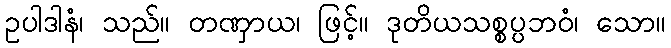
ဥပါဒါနံ၊ သည်။ တဏှာယ၊ ဖြင့်။ ဒုတိယသစ္စပ္ပဘဝံ၊ သော။